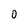
Character: 0